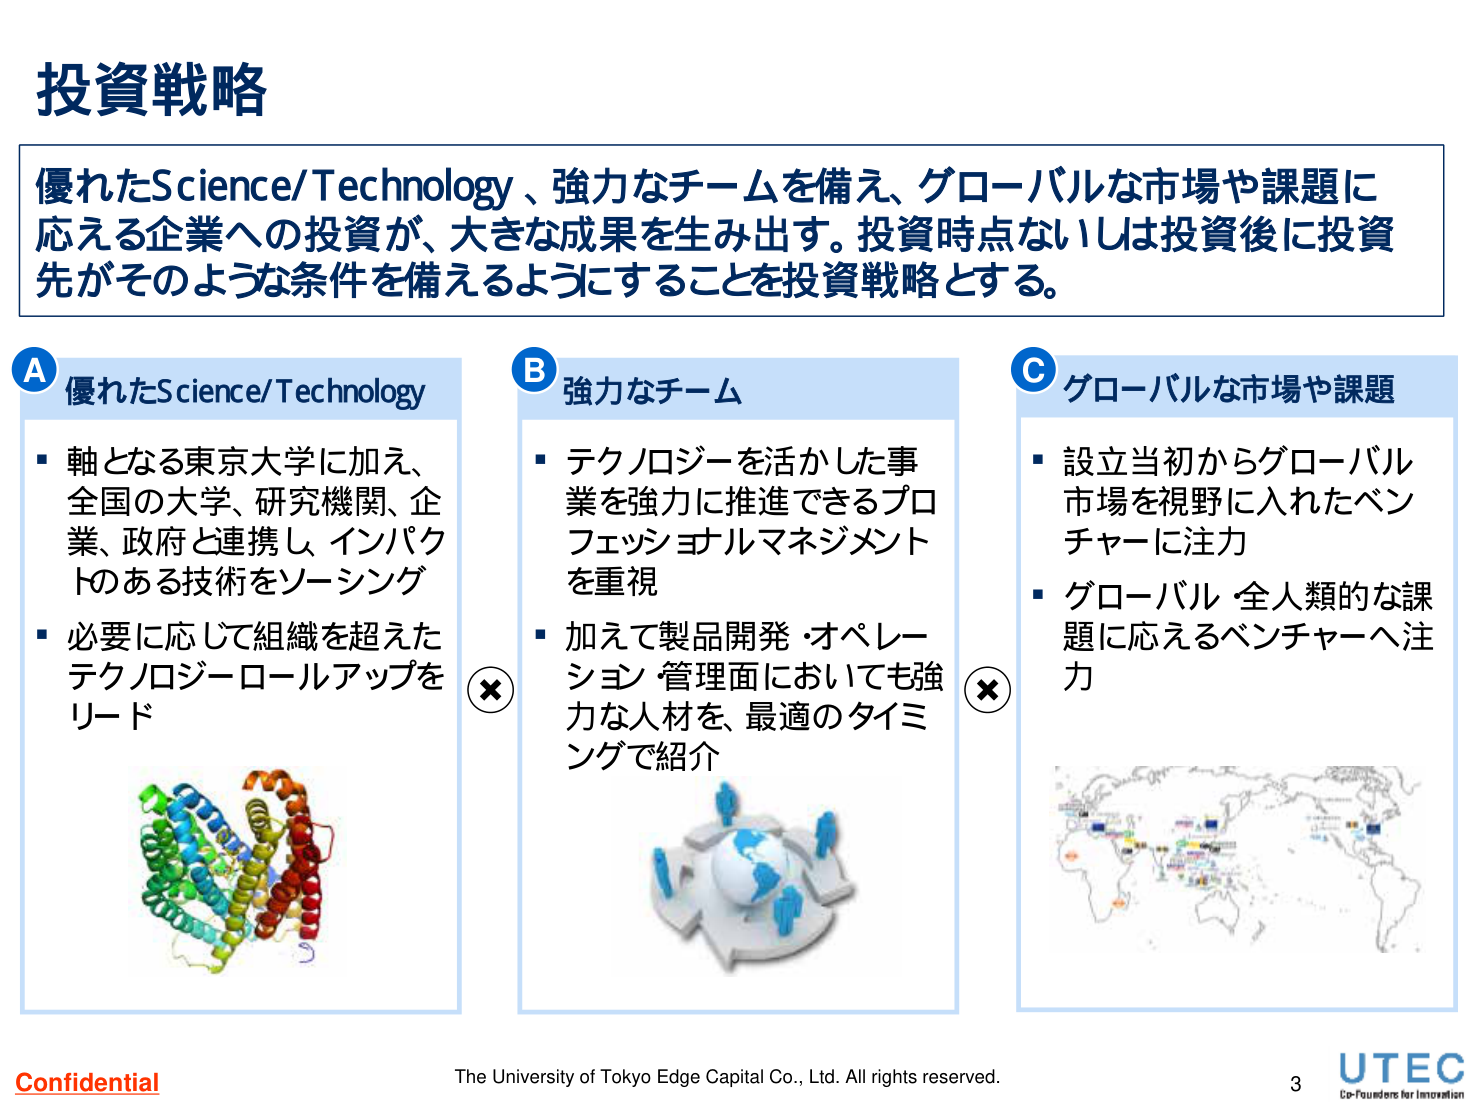
投資戦略

優れたScience/Technology、強力なチームを備え、グローバルな市場や課題に応える企業への投資が、大きな成果を生み出す。投資時点ないしは投資後に投資先がそのような条件を備えるようにすることを投資戦略とする。

A 優れたScience/Technology
- 軸となる東京大学に加え、全国の大学、研究機関、企業、政府と連携し、インパクトのある技術をソーシング
- 必要に応じて組織を超えたテクノロジーロールアップをリード

B 強力なチーム
- テクノロジーを活かした事業を強力に推進できるプロフェッショナルマネジメントを重視
- 加えて製品開発・オペレーション・管理面においても強力な人材を、最適のタイミングで紹介

C グローバルな市場や課題
- 設立当初からグローバル市場を視野に入れたベンチャーに注力
- グローバル・全人類的な課題に応えるベンチャーへ注力

Confidential
The University of Tokyo Edge Capital Co., Ltd. All rights reserved.
3
UTEC
Co-Founders for Innovation